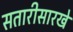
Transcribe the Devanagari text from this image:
सतारीसारखे